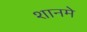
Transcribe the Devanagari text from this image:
शानमे